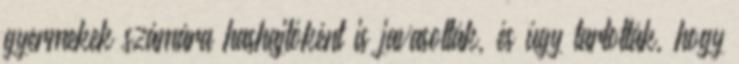
gyermekek számára hashajtóként is javasolták, és úgy tartották, hogy